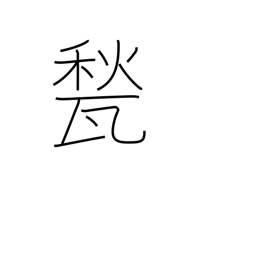
Meaning: floor tile